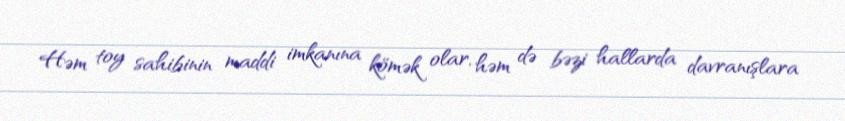
Həm toy sahibinin maddi imkanına kömək olar, həm də bəzi hallarda davranışlara